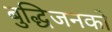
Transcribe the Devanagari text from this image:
बुद्धिजनको